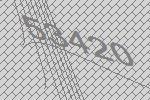
53420